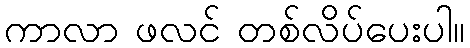
ကာလာ ဖလင် တစ်လိပ်ပေးပါ။